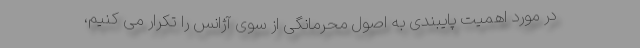
در مورد اهمیت پایبندی به اصول محرمانگی از سوی آژانس را تکرار می کنیم،